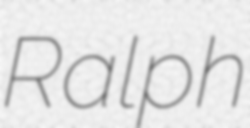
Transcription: Ralph